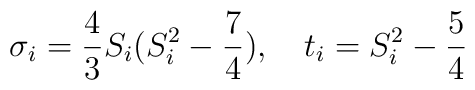
{\sigma}_i = {4\over 3}S_i(S_i^2-{7\over 4}), \quad t_i = S_i^2-{5\over 4}